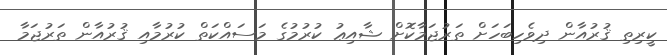
ކީރިތި ޤުރުއާން ދިވެހިބަހަށް ތަރުޖަމާކޮށް ޝާއިޢު ކުރުމުގެ މަސައްކަތް ކުރުމާއި ޤުރުއާން ތަރުޖަމާ